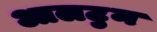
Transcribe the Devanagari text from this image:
आलटुन